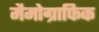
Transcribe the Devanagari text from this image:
मैमोग्राफिक